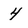
Character: 4